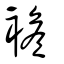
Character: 襜